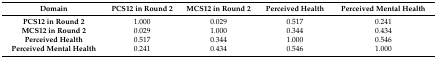
<table><thead><tr><td><b>Domain</b></td><td><b>PCS12 in Round 2</b></td><td><b>MCS12 in Round 2</b></td><td><b>Perceived Health</b></td><td><b>Perceived Mental Health</b></td></tr></thead><tbody><tr><td><b>PCS12 in Round 2</b></td><td>1.000</td><td>0.029</td><td>0.517</td><td>0.241</td></tr><tr><td><b>MCS12 in Round 2</b></td><td>0.029</td><td>1.000</td><td>0.344</td><td>0.434</td></tr><tr><td><b>Perceived Health</b></td><td>0.517</td><td>0.344</td><td>1.000</td><td>0.546</td></tr><tr><td><b>Perceived Mental Health</b></td><td>0.241</td><td>0.434</td><td>0.546</td><td>1.000</td></tr></tbody></table>